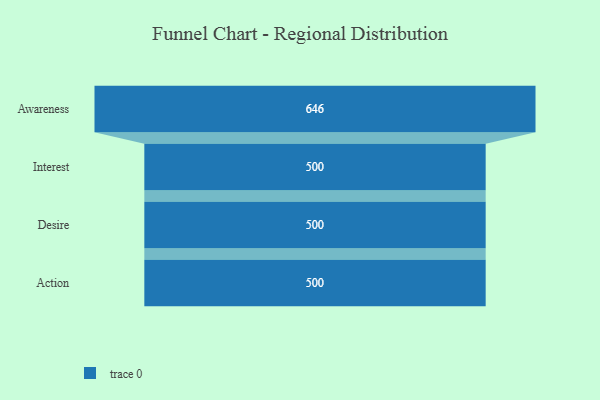
{"axis": {"x": "Stage", "y": "Value"}, "legend": [""], "data": [{"x": "Awareness", "y": 646.0, "type": ""}, {"x": "Interest", "y": 500, "type": ""}, {"x": "Desire", "y": 500, "type": ""}, {"x": "Action", "y": 500, "type": ""}]}